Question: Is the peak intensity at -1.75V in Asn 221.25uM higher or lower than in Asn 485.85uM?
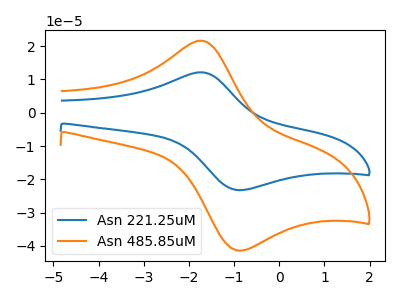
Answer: <think>The blue curve "Asn 221.25uM" has an anodic peak at (-1.75V, 12.15uA) and a cathodic peak at (-0.95V, -23.20uA). The orange curve "Asn 485.85uM" has an anodic peak at (-1.75V, 21.65uA) and a cathodic peak at (-0.95V, -41.30uA).</think>
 <answer>The peak at -1.75V is lower in "Asn 221.25uM" than in "Asn 485.85uM".</answer>
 <eval>lower</eval>